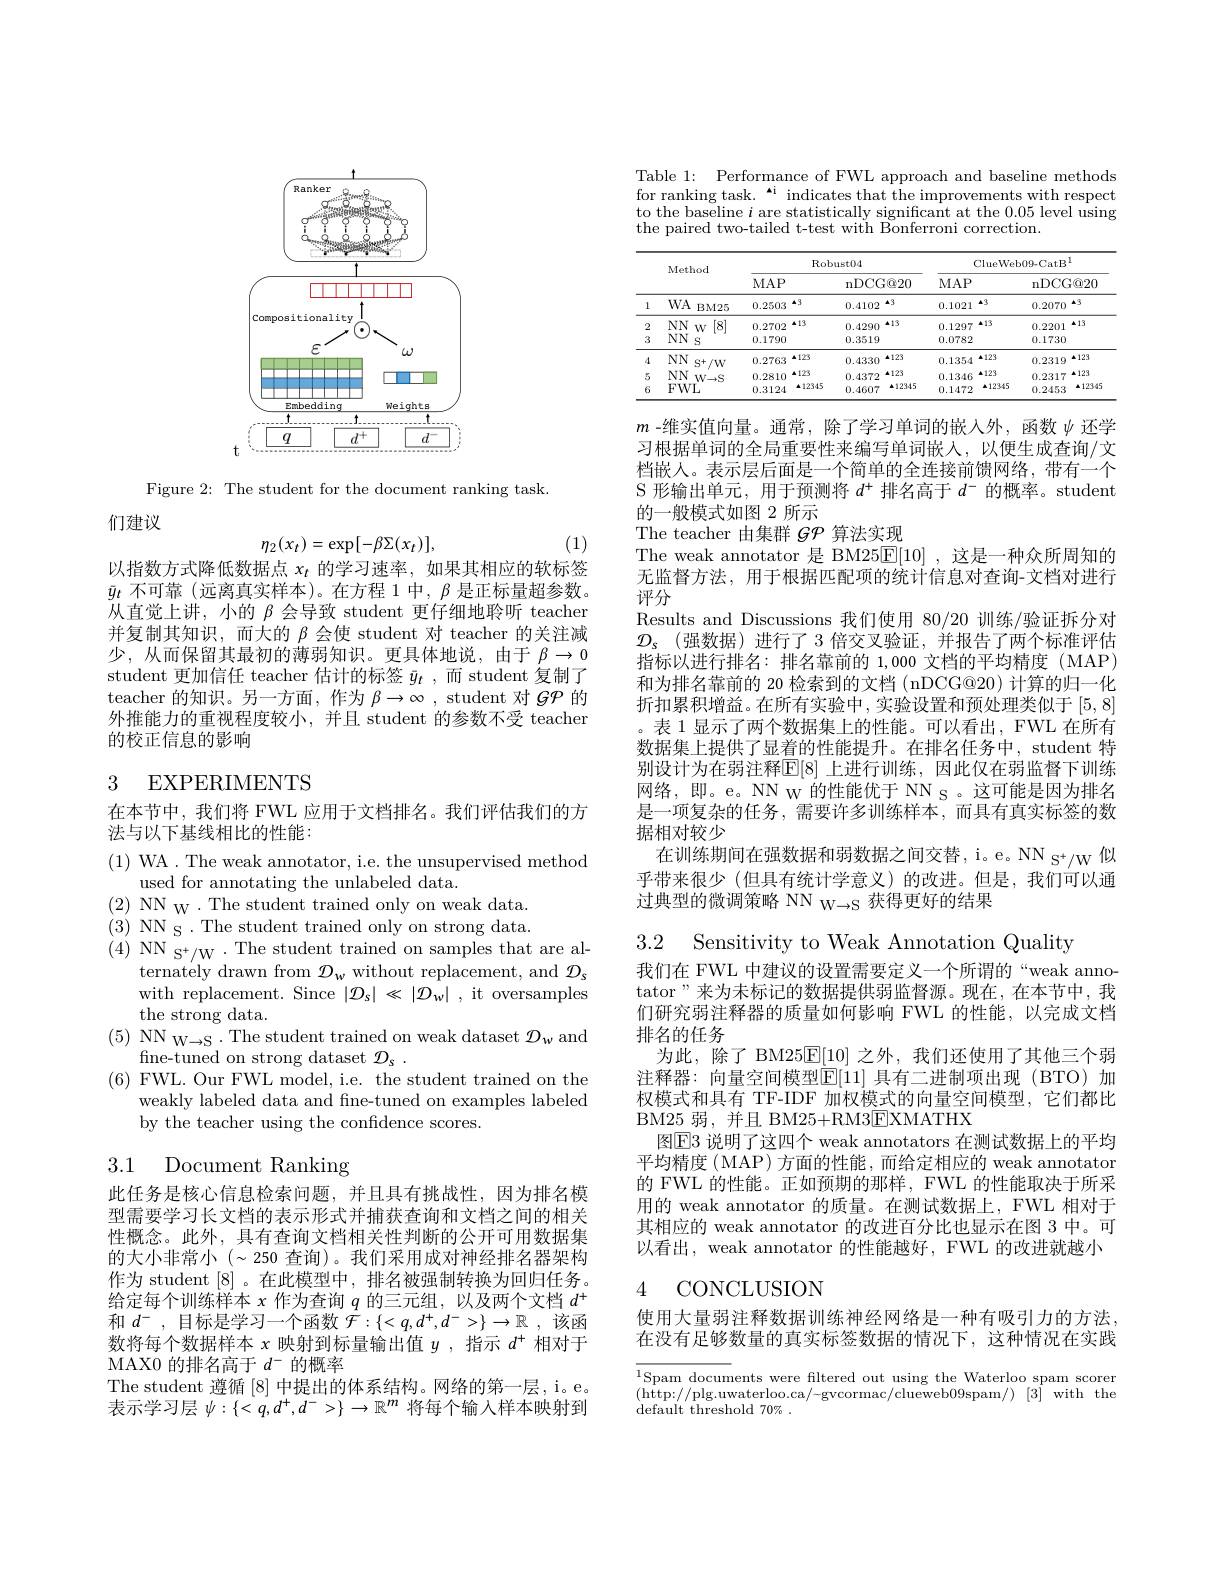
<FigureHere>

Figure 2: The student for the document ranking task.
们建议
$$\eta_2(x_t)=\exp[-\beta\Sigma(x_t)],$$
(1)

以指数方式降低数据点$x_t$的学习速率，如果其相应的软标签$\bar{y}_t$不可靠 (远离真实样本)。在方程 1 中，$\beta$是正标量超参数。从直觉上讲，小的$\beta$会导致 student 更仔细地聆听 teacher 并复制其知识，而大的$\beta$会使 student 对 teacher 的关注减少，从而保留其最初的薄弱知识。更具体地说，由于$\beta\to0$ student 更加信任 teacher 估计的标签$\bar{y} _t$ ,而 student 复制了teacher 的知识。另一方面，作为$\beta \to \infty$ , student 对 $\mathcal{GP}$的外推能力的重视程度较小，并且 student 的参数不受 teacher 的校正信息的影响

# 3 EXPERIMENTS

在本节中，我们将 FWL 应用于文档排名。我们评估我们的方
法与以下基线相比的性能：

(1) WA .The weak annotator, i.e. the unsupervised method
used for annotating the unlabeled data.
$(2){\mathrm{~NN~W~.~The~student~trained~only~on~weak~data.}}$ (3) NN S .The student trained only on strong data. (4)NN S$^+ /$W$\cdot$The student trained on samples that are al-
ternately drawn from $\mathcal{D}_w$ without replacement, and $\mathcal{D}_s$ with replacement. Since $|\mathcal{D}_s|\ll|\mathcal{D}_w|$ , it oversamples the strong data.
$(5)\begin{array}{cc}{\mathrm{NN}}_{\mathrm{W}\to\mathrm{S}}\cdot{\mathrm{The~student~trained~on~weak~dataset~}}\mathcal{D}_{\mathrm{w}}\end{array}$and
fne-tuned on strong dataset $\mathcal{D} _s$ .
$(6){\text{ FWL. Our FWL model, i.e. the student trained on the}}$
weakly labeled data and fine-tuned on examples labeled
by the teacher using the confidence scores.

# 3.1 Document Ranking

此任务是核心信息检索问题，并且具有挑战性，因为排名模型需要学习长文档的表示形式并捕获查询和文档之间的相关性概念。此外，具有查询文档相关性判断的公开可用数据集的大小非常小($\sim250 查询)。我们采用成对神经排名器架构$ 作为 student [8] 。在此模型中，排名被强制转换为回归任务。给定每个训练样本$x$作为查询$q$的三元组，以及两个文档$d^+$ 和$d^-$,目标是学习一个函数$\bar{\mathcal{F}}:\{<q,d^+,d^->\}\to\mathbb{R}$,该函数将每个数据样本$x$映射到标量输出值$y$ ,指示$d^+$相对于MAX0 的排名高于$d^-$的概率
The student 遵循[8]中提出的体系结构。网络的第一层，i。e。表示学习层$\psi:\{<q,d^+,d^->\}\to\mathbb{R}^m$将每个输入样本映射到

Table 1: Performance of FWL approach and baseline methods for ranking task.“i indicates that the improvements with respect to the baseline $i$ are statistically significant at the 0.05 level using the paired two-tailed t-test with Bonferroni correction.

<table>
	<tbody>
		<tr>
			<th> </th>
			<th rowspan="2">Method</th>
			<th colspan="4">Robust04</th>
			<th colspan="4">ClueWeb09-CatB$^{1}$</th>
		</tr>
		<tr>
			<th> </th>
			<th>$MAP$</th>
			<th> </th>
			<th>nDCC</th>
			<th>$4@20$</th>
			<th>$MAP$</th>
			<th> </th>
			<th>nDCCC</th>
			<th>$4@20$</th>
		</tr>
		<tr>
			<td>1</td>
			<td>$WA$ $BM25$</td>
			<td>0.2503</td>
			<td>$\Delta3$</td>
			<td>0.4102</td>
			<td>$\Delta3$</td>
			<td>0.1021</td>
			<td>$\Delta3$</td>
			<td>0.2070</td>
			<td>$\Delta3$</td>
		</tr>
		<tr>
			<td>2</td>
			<td>[8] $NN$ $W$</td>
			<td>0.2702</td>
			<td>▲13</td>
			<td>0.4290</td>
			<td>▲13</td>
			<td>0.1297</td>
			<td>▲13</td>
			<td>0.2201</td>
			<td>▲13</td>
		</tr>
		<tr>
			<td>3</td>
			<td>$NNN$ S</td>
			<td>0.1790</td>
			<td> </td>
			<td>0.3519</td>
			<td> </td>
			<td>0.0782</td>
			<td> </td>
			<td>0.1730</td>
			<td> </td>
		</tr>
		<tr>
			<td>4</td>
			<td>$NN$ $S^{+}/W$</td>
			<td>0.2763</td>
			<td>$▲123$</td>
			<td>0.4330</td>
			<td>▲123</td>
			<td>0.1354</td>
			<td>▲123</td>
			<td>0.2319</td>
			<td>$▲123$ </td>
		</tr>
		<tr>
			<td>5</td>
			<td>$NN$ $W\to S$</td>
			<td>0.2810</td>
			<td>▲123</td>
			<td>0.4372</td>
			<td>▲123</td>
			<td>0.1346</td>
			<td>▲123</td>
			<td>0.2317</td>
			<td>▲123</td>
		</tr>
		<tr>
			<td>6</td>
			<td>FWL</td>
			<td>0.3124</td>
			<td>▲12345</td>
			<td>0.4607</td>
			<td>▲12345</td>
			<td>0.1472</td>
			<td>▲12345</td>
			<td>0.2453</td>
			<td>▲12349</td>
		</tr>
	</tbody>
</table>

$m$ -维实值向量。通常，除了学习单词的嵌入外，函数$\psi$ 还学习根据单词的全局重要性来编写单词嵌人，以便生成查询/文档嵌人。表示层后面是一个简单的全连接前馈网络，带有一个S 形输出单元，用于预测将$d^+$排名高于$d^-$的概率。student 的一般模式如图 2 所示
The teacher 由集群$g\mathcal{P}$算法实现
The weak annotator 是 BM25$\overline{\mathbb{E}}[10]$ ,这是一种众所周知的无监督方法，用于根据匹配项的统计信息对查询-文档对进行评分
Results and Discussions 我们使用 80/20 训练/验证拆分对$\mathcal{D} _s$ (强数据)进行了 3 倍交叉验证，并报告了两个标准评估指标以进行排名：排名靠前的1，000文档的平均精度(MAP) 和为排名靠前的 20 检索到的文档 (nDCG@20) 计算的归一化折扣累积增益。在所有实验中，实验设置和预处理类似于[5,8] 。表 1 显示了两个数据集上的性能。可以看出，FWL 在所有数据集上提供了显着的性能提升。在排名任务中，student 特别设计为在弱注释$\mathbb{E}[8]$ 上进行训练，因此仅在弱监督下训练网络，即。e。NN w 的性能优于 NN S 。这可能是因为排名是一项复杂的任务，需要许多训练样本，而具有真实标签的数据相对较少
在训练期间在强数据和弱数据之间交替，i。e。NN S$^+ /$W似乎带来很少(但具有统计学意义)的改进。但是，我们可以通过典型的微调策略 NN W→S 获得更好的结果

3.2 Sensitivity to Weak Annotation Quality
我们在 FWL 中建议的设置需要定义一个所谓的“weak annotator”来为未标记的数据提供弱监督源。现在，在本节中，我们研究弱注释器的质量如何影响 FWL 的性能，以完成文档排名的任务
为此，除了 BM25E[10]之外，我们还使用了其他三个弱注释器：向量空间模型$\mathbb{E}[11]$ 具有二进制项出现 (BTO)加权模式和具有 TF-IDF 加权模式的向量空间模型，它们都比BM25 弱，并且 BM25+RM3$\boxed{\mathrm{F}}$XMATHX
图E3 说明了这四个 weak annotators 在测试数据上的平均平均精度( MAP) 方面的性能，而给定相应的 weak annotator 的 FWL 的性能。正如预期的那样，FWL 的性能取决于所采用的 weak annotator 的质量。在测试数据上，FWL 相对于其相应的 weak annotator 的改进百分比也显示在图 3 中。可以看出，weak annotator 的性能越好，FWL 的改进就越小

### 4 CONCLUSION

使用大量弱注释数据训练神经网络是一种有吸引力的方法， 在没有足够数量的真实标签数据的情况下，这种情况在实践

$\begin{array}{ll}{\overline{{^1}\text{Spam docum}}}\text{ents were filtered out using the Waterloo spam scorer}\\{(\text{http://plg.uwaterloo.ca/-gvcormac/clueweb09spam/)}}&{[3]}&{\mathrm{with~the}}\end{array}$
default threshold 70% .